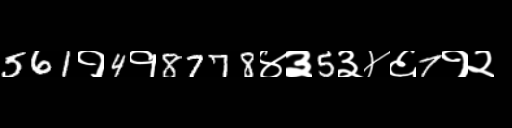
Text: 561१4१8778४३5३४६7१२